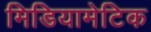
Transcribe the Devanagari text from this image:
मिडियामेटिक